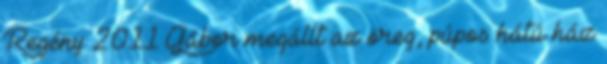
Regény 2011 Gábor megállt az öreg, púpos hátú ház